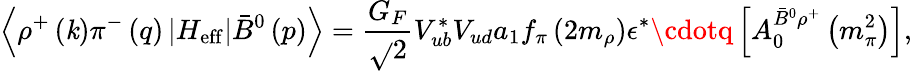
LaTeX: \left\langle\rho^{+}\left(\mathit{k}\right)\pi^{-}\left(q\right)\left|H_{\mathrm{{eff}}}\right|\bar{{B}}^{0}\left(p\right)\right\rangle=\frac{{G_{F}}}{{\sqrt{}{{2}}}}V_{ub}^{*}V_{ud}a_{1}f_{\pi}\left(2m_{\rho}\right)\epsilon^{*}\cdotq\left[A_{0}^{\bar{{B}}^{0}\rho^{+}}\left(m_{\pi}^{2}\right)\right],